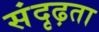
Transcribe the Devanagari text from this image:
संदृढ़ता